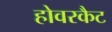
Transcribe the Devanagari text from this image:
होवरकैट